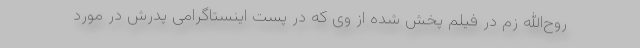
روح‌الله زم در فیلم پخش شده از وی که در پست اینستاگرامی پدرش در مورد